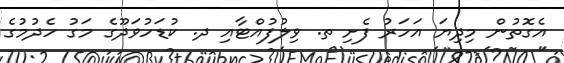
އެގޮތުން މިދިޔަ އަހަރު ފެށި ތ. ވިލުފުއްޓާއި ދ. ކުޑަހުވަދޫގެ މަގު ހެދުމުގެ